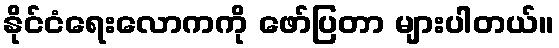
နိုင်ငံရေးလောကကို ဖော်ပြတာ များပါတယ်။